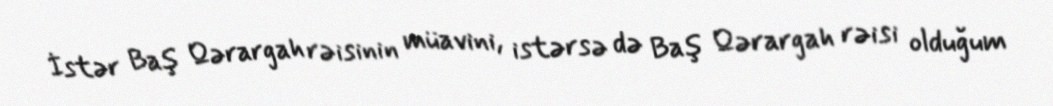
İstər Baş Qərargah rəisinin müavini, istərsə də Baş Qərargah rəisi olduğum